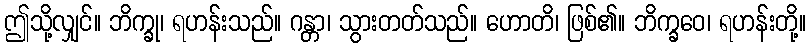
ဤသို့လျှင်။ ဘိက္ခု၊ ရဟန်းသည်။ ဂန္တာ၊ သွားတတ်သည်။ ဟောတိ၊ ဖြစ်၏။ ဘိက္ခဝေ၊ ရဟန်းတို့။